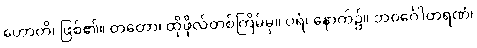
ဟောတိ၊ ဖြစ်၏။ တတော၊ ထိုဖိုလ်တစ်ကြိမ်မှ။ ပရံ၊ နောက်၌။ ဘဝင်္ဂေါတရဏံ၊